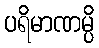
ပရိမာဏမ္ပိ